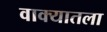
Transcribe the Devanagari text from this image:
वाक्यातला